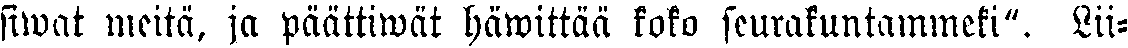
siwat meitä, ja päättiwät häwittää koko seurakuntammeki". Lii-